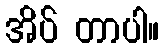
အိပ် တာပါ။